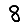
Digit: 8